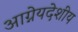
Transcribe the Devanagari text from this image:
आग्नेयदेशीय